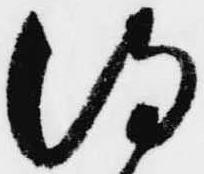
得